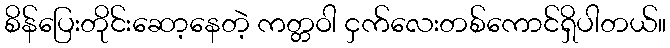
စိန်ပြေးတိုင်းဆော့နေတဲ့ ကတ္တဝါ ငှက်လေးတစ်ကောင်ရှိပါတယ်။